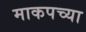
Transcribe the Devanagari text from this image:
माकपच्या